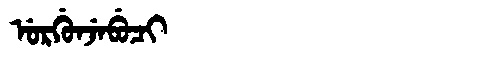
Manchu: ᡠᡵᡤᡠᠨᠵᡝᠪᡠᠴᡳ
Romanization: URGUNJEBUCI